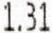
1.31